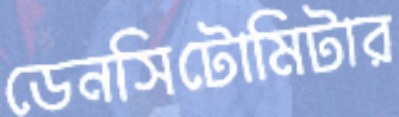
ডেনসিটোমিটার